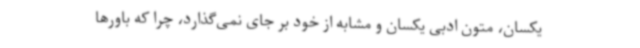
یکسان، متون ادبی یکسان و مشابه از خود بر جای نمی‌گذارد، چرا که باورها